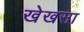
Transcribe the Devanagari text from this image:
खेखसा